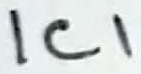
Text: IC1